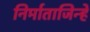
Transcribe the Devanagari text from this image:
निर्माताजिन्हें